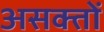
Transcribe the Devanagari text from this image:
असक्तों